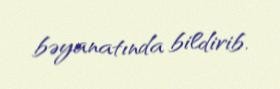
bəyanatında bildirib.